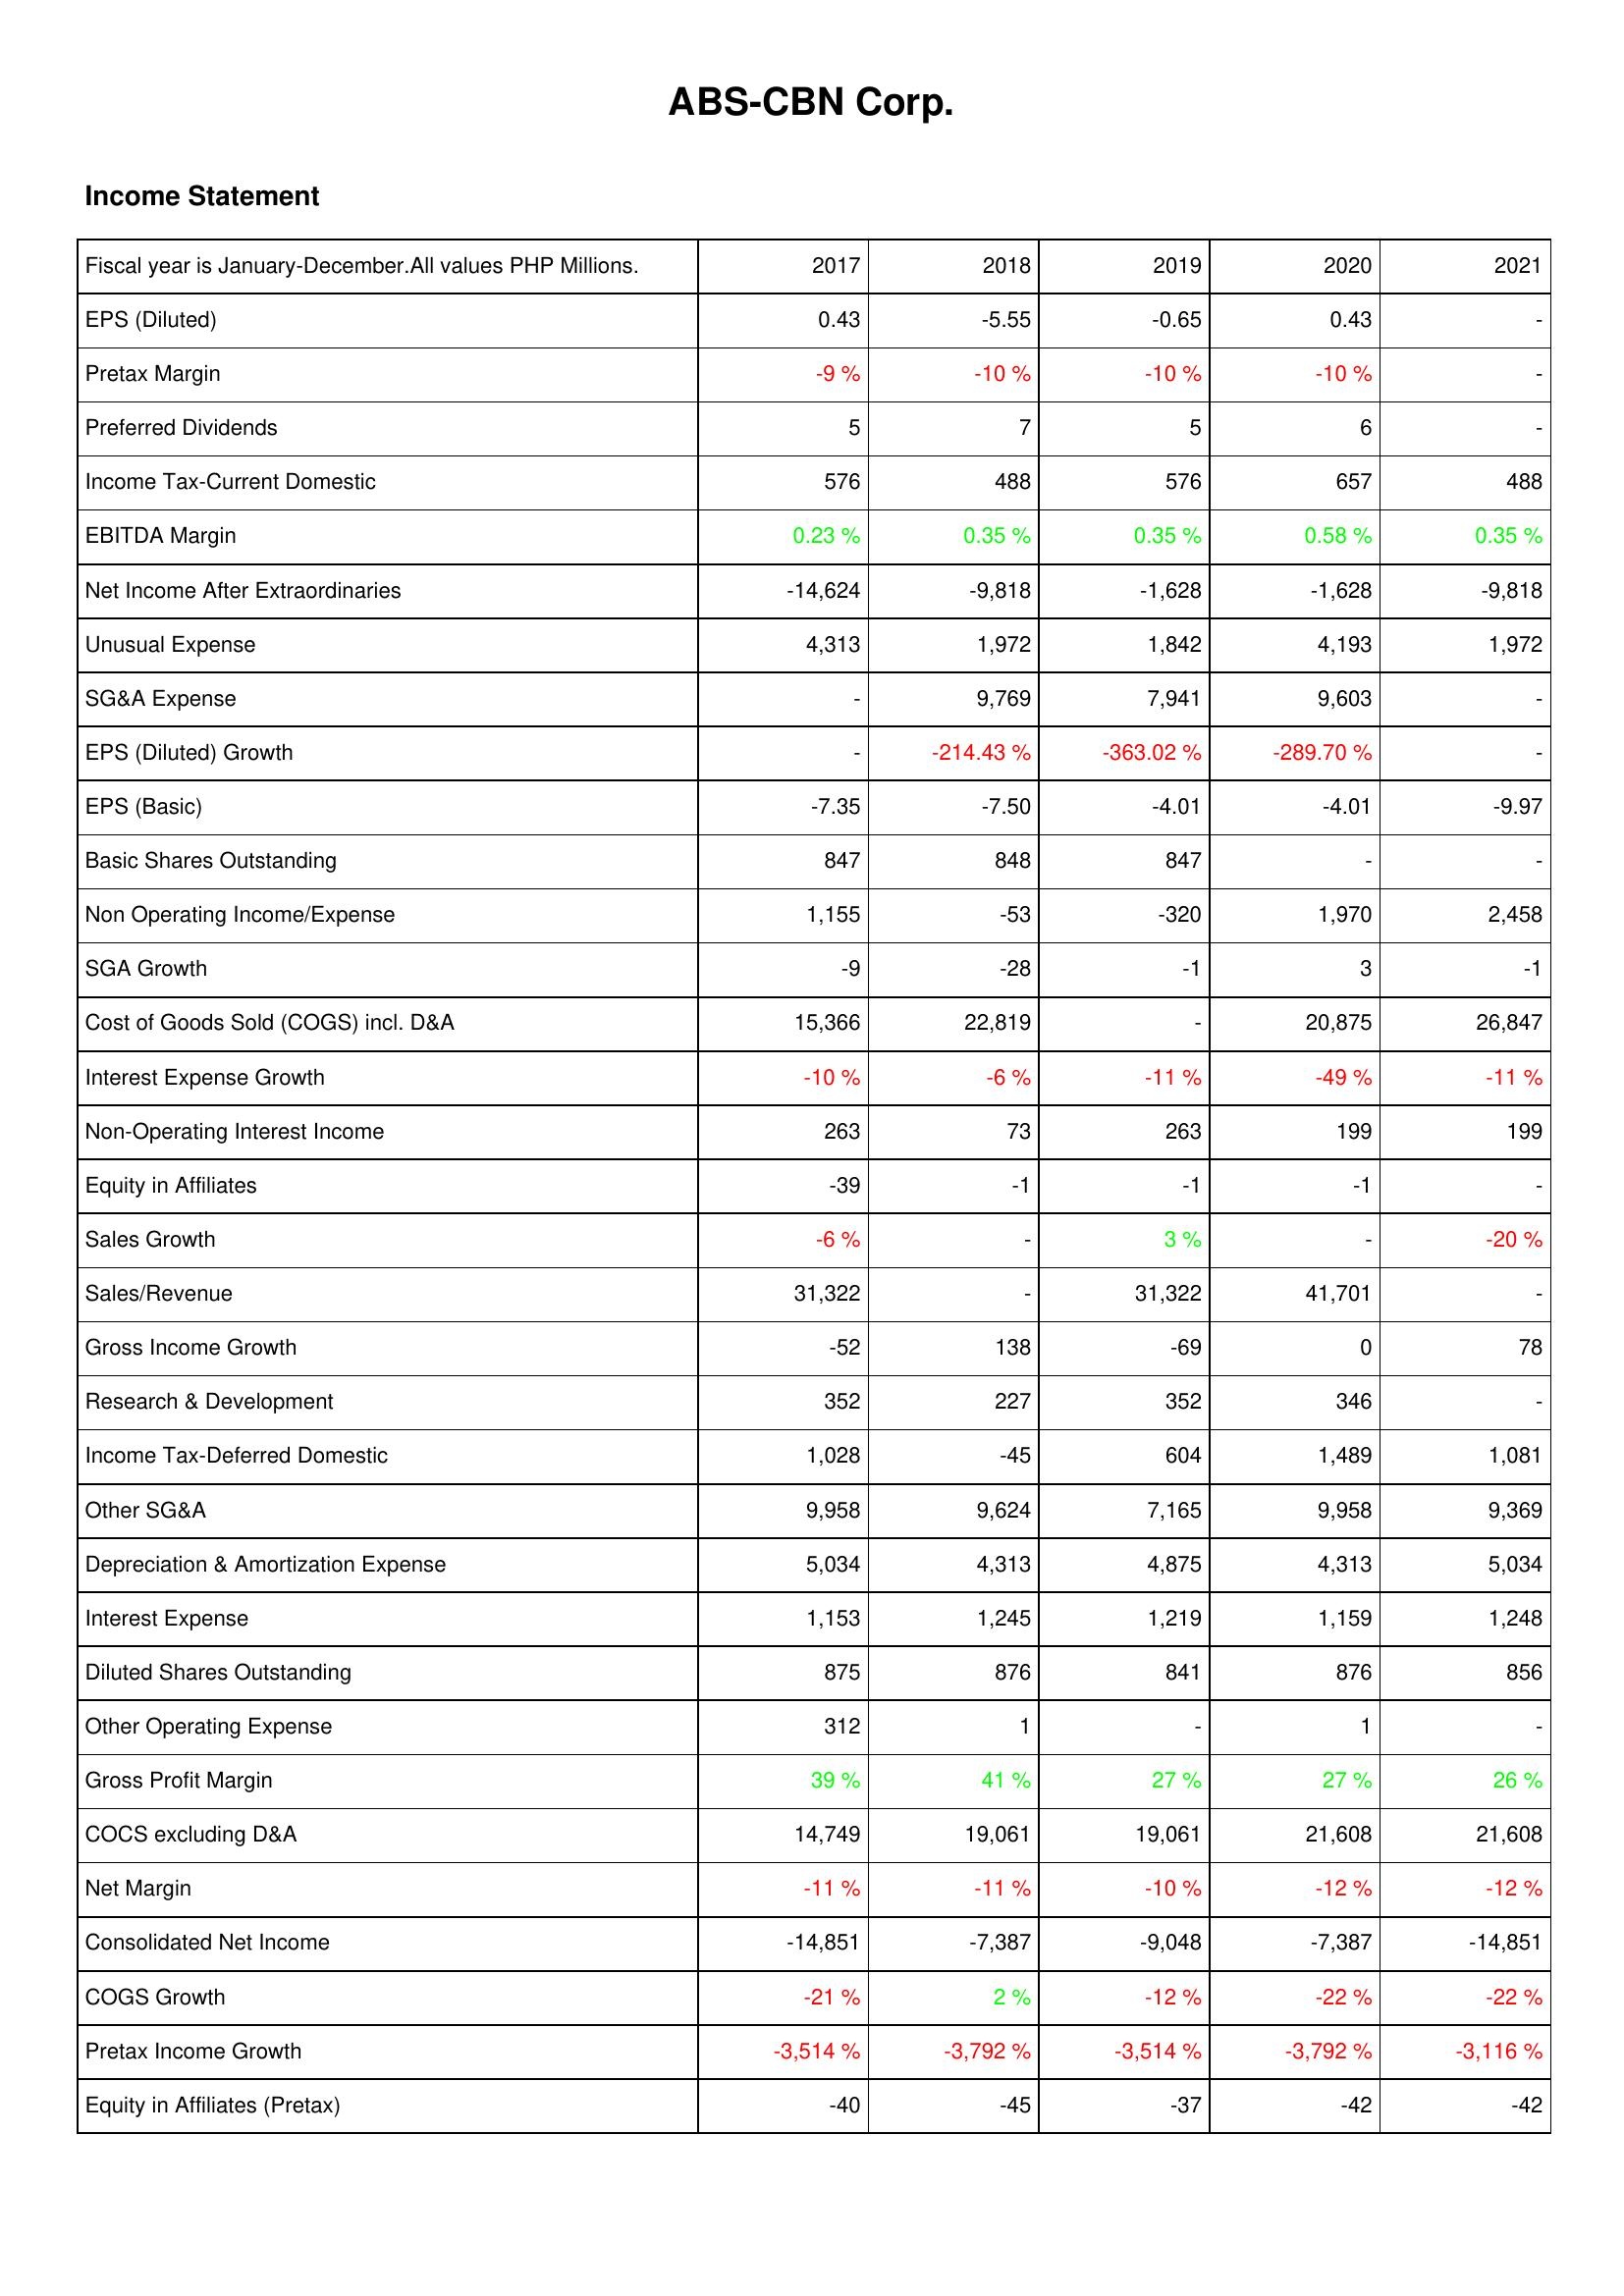
2017: Income Statement: EPS (Diluted): 0.43
Pretax Margin: -9 %
Preferred Dividends: 5
Income Tax-Current Domestic: 576
EBITDA Margin: 0.23 %
Net Income After Extraordinaries: -14,624
Unusual Expense: 4,313
SG&A Expense: -
EPS (Diluted) Growth: -
EPS (Basic): -7.35
Basic Shares Outstanding: 847
Non Operating Income/Expense: 1,155
SGA Growth: -9
Cost of Goods Sold (COGS) incl. D&A: 15,366
Interest Expense Growth: -10 %
Non-Operating Interest Income: 263
Equity in Affiliates: -39
Sales Growth: -6 %
Sales/Revenue: 31,322
Gross Income Growth: -52
Research & Development: 352
Income Tax-Deferred Domestic: 1,028
Other SG&A: 9,958
Depreciation & Amortization Expense: 5,034
Interest Expense: 1,153
Diluted Shares Outstanding: 875
Other Operating Expense: 312
Gross Profit Margin: 39 %
COCS excluding D&A: 14,749
Net Margin: -11 %
Consolidated Net Income: -14,851
COGS Growth: -21 %
Pretax Income Growth: -3,514 %
Equity in Affiliates (Pretax): -40
2018: Income Statement: EPS (Diluted): -5.55
Pretax Margin: -10 %
Preferred Dividends: 7
Income Tax-Current Domestic: 488
EBITDA Margin: 0.35 %
Net Income After Extraordinaries: -9,818
Unusual Expense: 1,972
SG&A Expense: 9,769
EPS (Diluted) Growth: -214.43 %
EPS (Basic): -7.50
Basic Shares Outstanding: 848
Non Operating Income/Expense: -53
SGA Growth: -28
Cost of Goods Sold (COGS) incl. D&A: 22,819
Interest Expense Growth: -6 %
Non-Operating Interest Income: 73
Equity in Affiliates: -1
Sales Growth: -
Sales/Revenue: -
Gross Income Growth: 138
Research & Development: 227
Income Tax-Deferred Domestic: -45
Other SG&A: 9,624
Depreciation & Amortization Expense: 4,313
Interest Expense: 1,245
Diluted Shares Outstanding: 876
Other Operating Expense: 1
Gross Profit Margin: 41 %
COCS excluding D&A: 19,061
Net Margin: -11 %
Consolidated Net Income: -7,387
COGS Growth: 2 %
Pretax Income Growth: -3,792 %
Equity in Affiliates (Pretax): -45
2019: Income Statement: EPS (Diluted): -0.65
Pretax Margin: -10 %
Preferred Dividends: 5
Income Tax-Current Domestic: 576
EBITDA Margin: 0.35 %
Net Income After Extraordinaries: -1,628
Unusual Expense: 1,842
SG&A Expense: 7,941
EPS (Diluted) Growth: -363.02 %
EPS (Basic): -4.01
Basic Shares Outstanding: 847
Non Operating Income/Expense: -320
SGA Growth: -1
Cost of Goods Sold (COGS) incl. D&A: -
Interest Expense Growth: -11 %
Non-Operating Interest Income: 263
Equity in Affiliates: -1
Sales Growth: 3 %
Sales/Revenue: 31,322
Gross Income Growth: -69
Research & Development: 352
Income Tax-Deferred Domestic: 604
Other SG&A: 7,165
Depreciation & Amortization Expense: 4,875
Interest Expense: 1,219
Diluted Shares Outstanding: 841
Other Operating Expense: -
Gross Profit Margin: 27 %
COCS excluding D&A: 19,061
Net Margin: -10 %
Consolidated Net Income: -9,048
COGS Growth: -12 %
Pretax Income Growth: -3,514 %
Equity in Affiliates (Pretax): -37
2020: Income Statement: EPS (Diluted): 0.43
Pretax Margin: -10 %
Preferred Dividends: 6
Income Tax-Current Domestic: 657
EBITDA Margin: 0.58 %
Net Income After Extraordinaries: -1,628
Unusual Expense: 4,193
SG&A Expense: 9,603
EPS (Diluted) Growth: -289.70 %
EPS (Basic): -4.01
Basic Shares Outstanding: -
Non Operating Income/Expense: 1,970
SGA Growth: 3
Cost of Goods Sold (COGS) incl. D&A: 20,875
Interest Expense Growth: -49 %
Non-Operating Interest Income: 199
Equity in Affiliates: -1
Sales Growth: -
Sales/Revenue: 41,701
Gross Income Growth: 0
Research & Development: 346
Income Tax-Deferred Domestic: 1,489
Other SG&A: 9,958
Depreciation & Amortization Expense: 4,313
Interest Expense: 1,159
Diluted Shares Outstanding: 876
Other Operating Expense: 1
Gross Profit Margin: 27 %
COCS excluding D&A: 21,608
Net Margin: -12 %
Consolidated Net Income: -7,387
COGS Growth: -22 %
Pretax Income Growth: -3,792 %
Equity in Affiliates (Pretax): -42
2021: Income Statement: EPS (Diluted): -
Pretax Margin: -
Preferred Dividends: -
Income Tax-Current Domestic: 488
EBITDA Margin: 0.35 %
Net Income After Extraordinaries: -9,818
Unusual Expense: 1,972
SG&A Expense: -
EPS (Diluted) Growth: -
EPS (Basic): -9.97
Basic Shares Outstanding: -
Non Operating Income/Expense: 2,458
SGA Growth: -1
Cost of Goods Sold (COGS) incl. D&A: 26,847
Interest Expense Growth: -11 %
Non-Operating Interest Income: 199
Equity in Affiliates: -
Sales Growth: -20 %
Sales/Revenue: -
Gross Income Growth: 78
Research & Development: -
Income Tax-Deferred Domestic: 1,081
Other SG&A: 9,369
Depreciation & Amortization Expense: 5,034
Interest Expense: 1,248
Diluted Shares Outstanding: 856
Other Operating Expense: -
Gross Profit Margin: 26 %
COCS excluding D&A: 21,608
Net Margin: -12 %
Consolidated Net Income: -14,851
COGS Growth: -22 %
Pretax Income Growth: -3,116 %
Equity in Affiliates (Pretax): -42